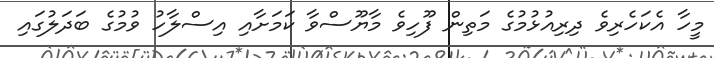
މީހާ އެކަހެރިވެ ދިރިއުޅުމުގެ މަތިން ފޫހިވެ މާޔޫސްވާ ކަމަށާއި އިސްލާހު ވުމުގެ ބަދަލުގައި